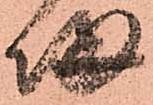
帰